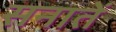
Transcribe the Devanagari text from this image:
सनातें